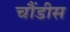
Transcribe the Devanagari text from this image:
चौंडीस